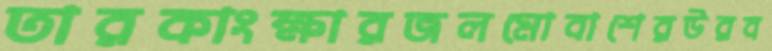
তারকাংক্ষারজলমোবাশেরউরব